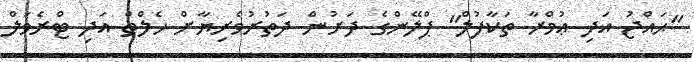
"ޙައްޖު އަދި ޢުމްރާ ތަކާފުލް" ޕްލޭންގެ ދަށުން ދަތުރުވެރިޔާށް ހެލްތް އަދި ޓްރެވަލް